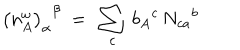
{ \bigl ( n _ { A } ^ { \omega } \bigr ) _ { \alpha } } ^ { \beta } \ = \ \sum _ { c } \, { b _ { A } } ^ { c } \, { N _ { c a } } ^ { b }